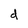
Character: d